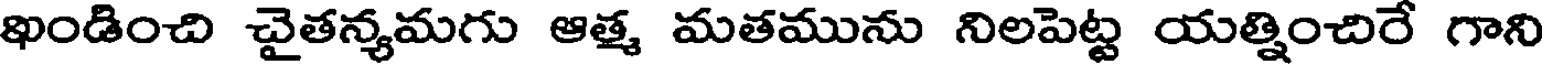
ఖండించి చైతన్యమగు ఆత్మ మతమును నిలపెట్ట యత్నించిరే గాని